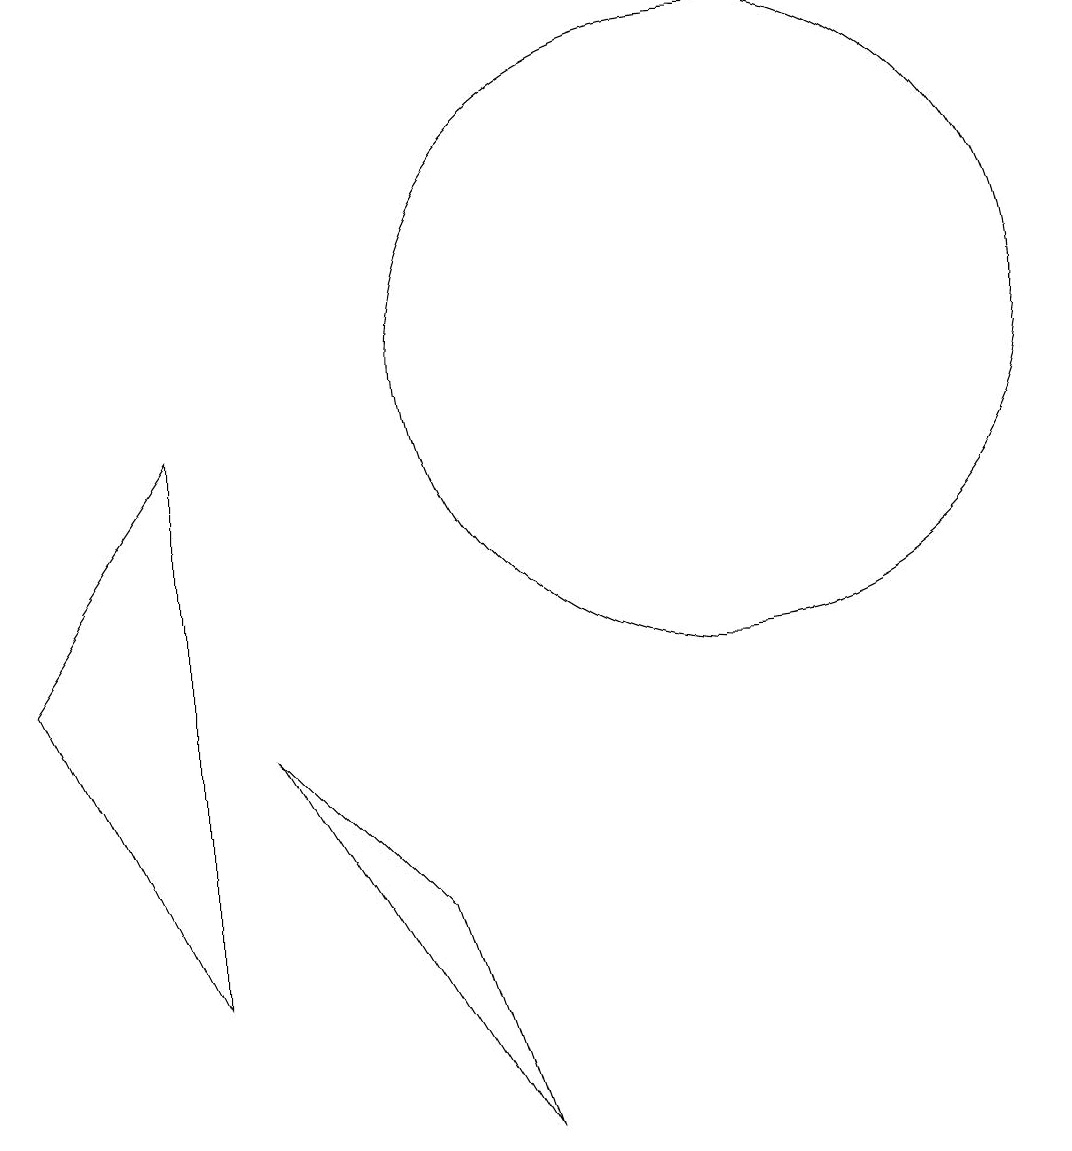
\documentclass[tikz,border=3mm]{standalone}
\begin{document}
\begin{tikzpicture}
\draw (4,9) -- (4,2) -- (2,6) -- cycle;
\draw (5,5) -- (7,3) -- (8,0) -- cycle;
\draw (11,10) circle (4);
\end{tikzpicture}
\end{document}